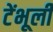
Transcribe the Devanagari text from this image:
टेंभूर्ली